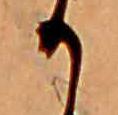
か